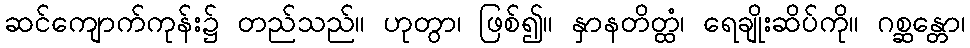
ဆင်ကျောက်ကုန်း၌ တည်သည်။ ဟုတွာ၊ ဖြစ်၍။ နှာနတိတ္ထံ၊ ရေချိုးဆိပ်ကို။ ဂစ္ဆန္တော၊